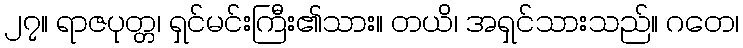
၂၇။ ရာဇပုတ္တ၊ ရှင်မင်းကြီး၏သား။ တယိ၊ အရှင်သားသည်။ ဂတေ၊